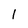
Character: 1